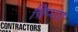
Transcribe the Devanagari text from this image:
चिप्पया